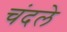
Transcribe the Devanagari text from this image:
चंदले